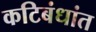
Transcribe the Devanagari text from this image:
कटिबंधांत